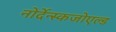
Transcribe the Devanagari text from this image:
नोर्देन्स्कजोएल्ड